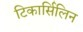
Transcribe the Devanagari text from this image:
टिकार्सिलिन